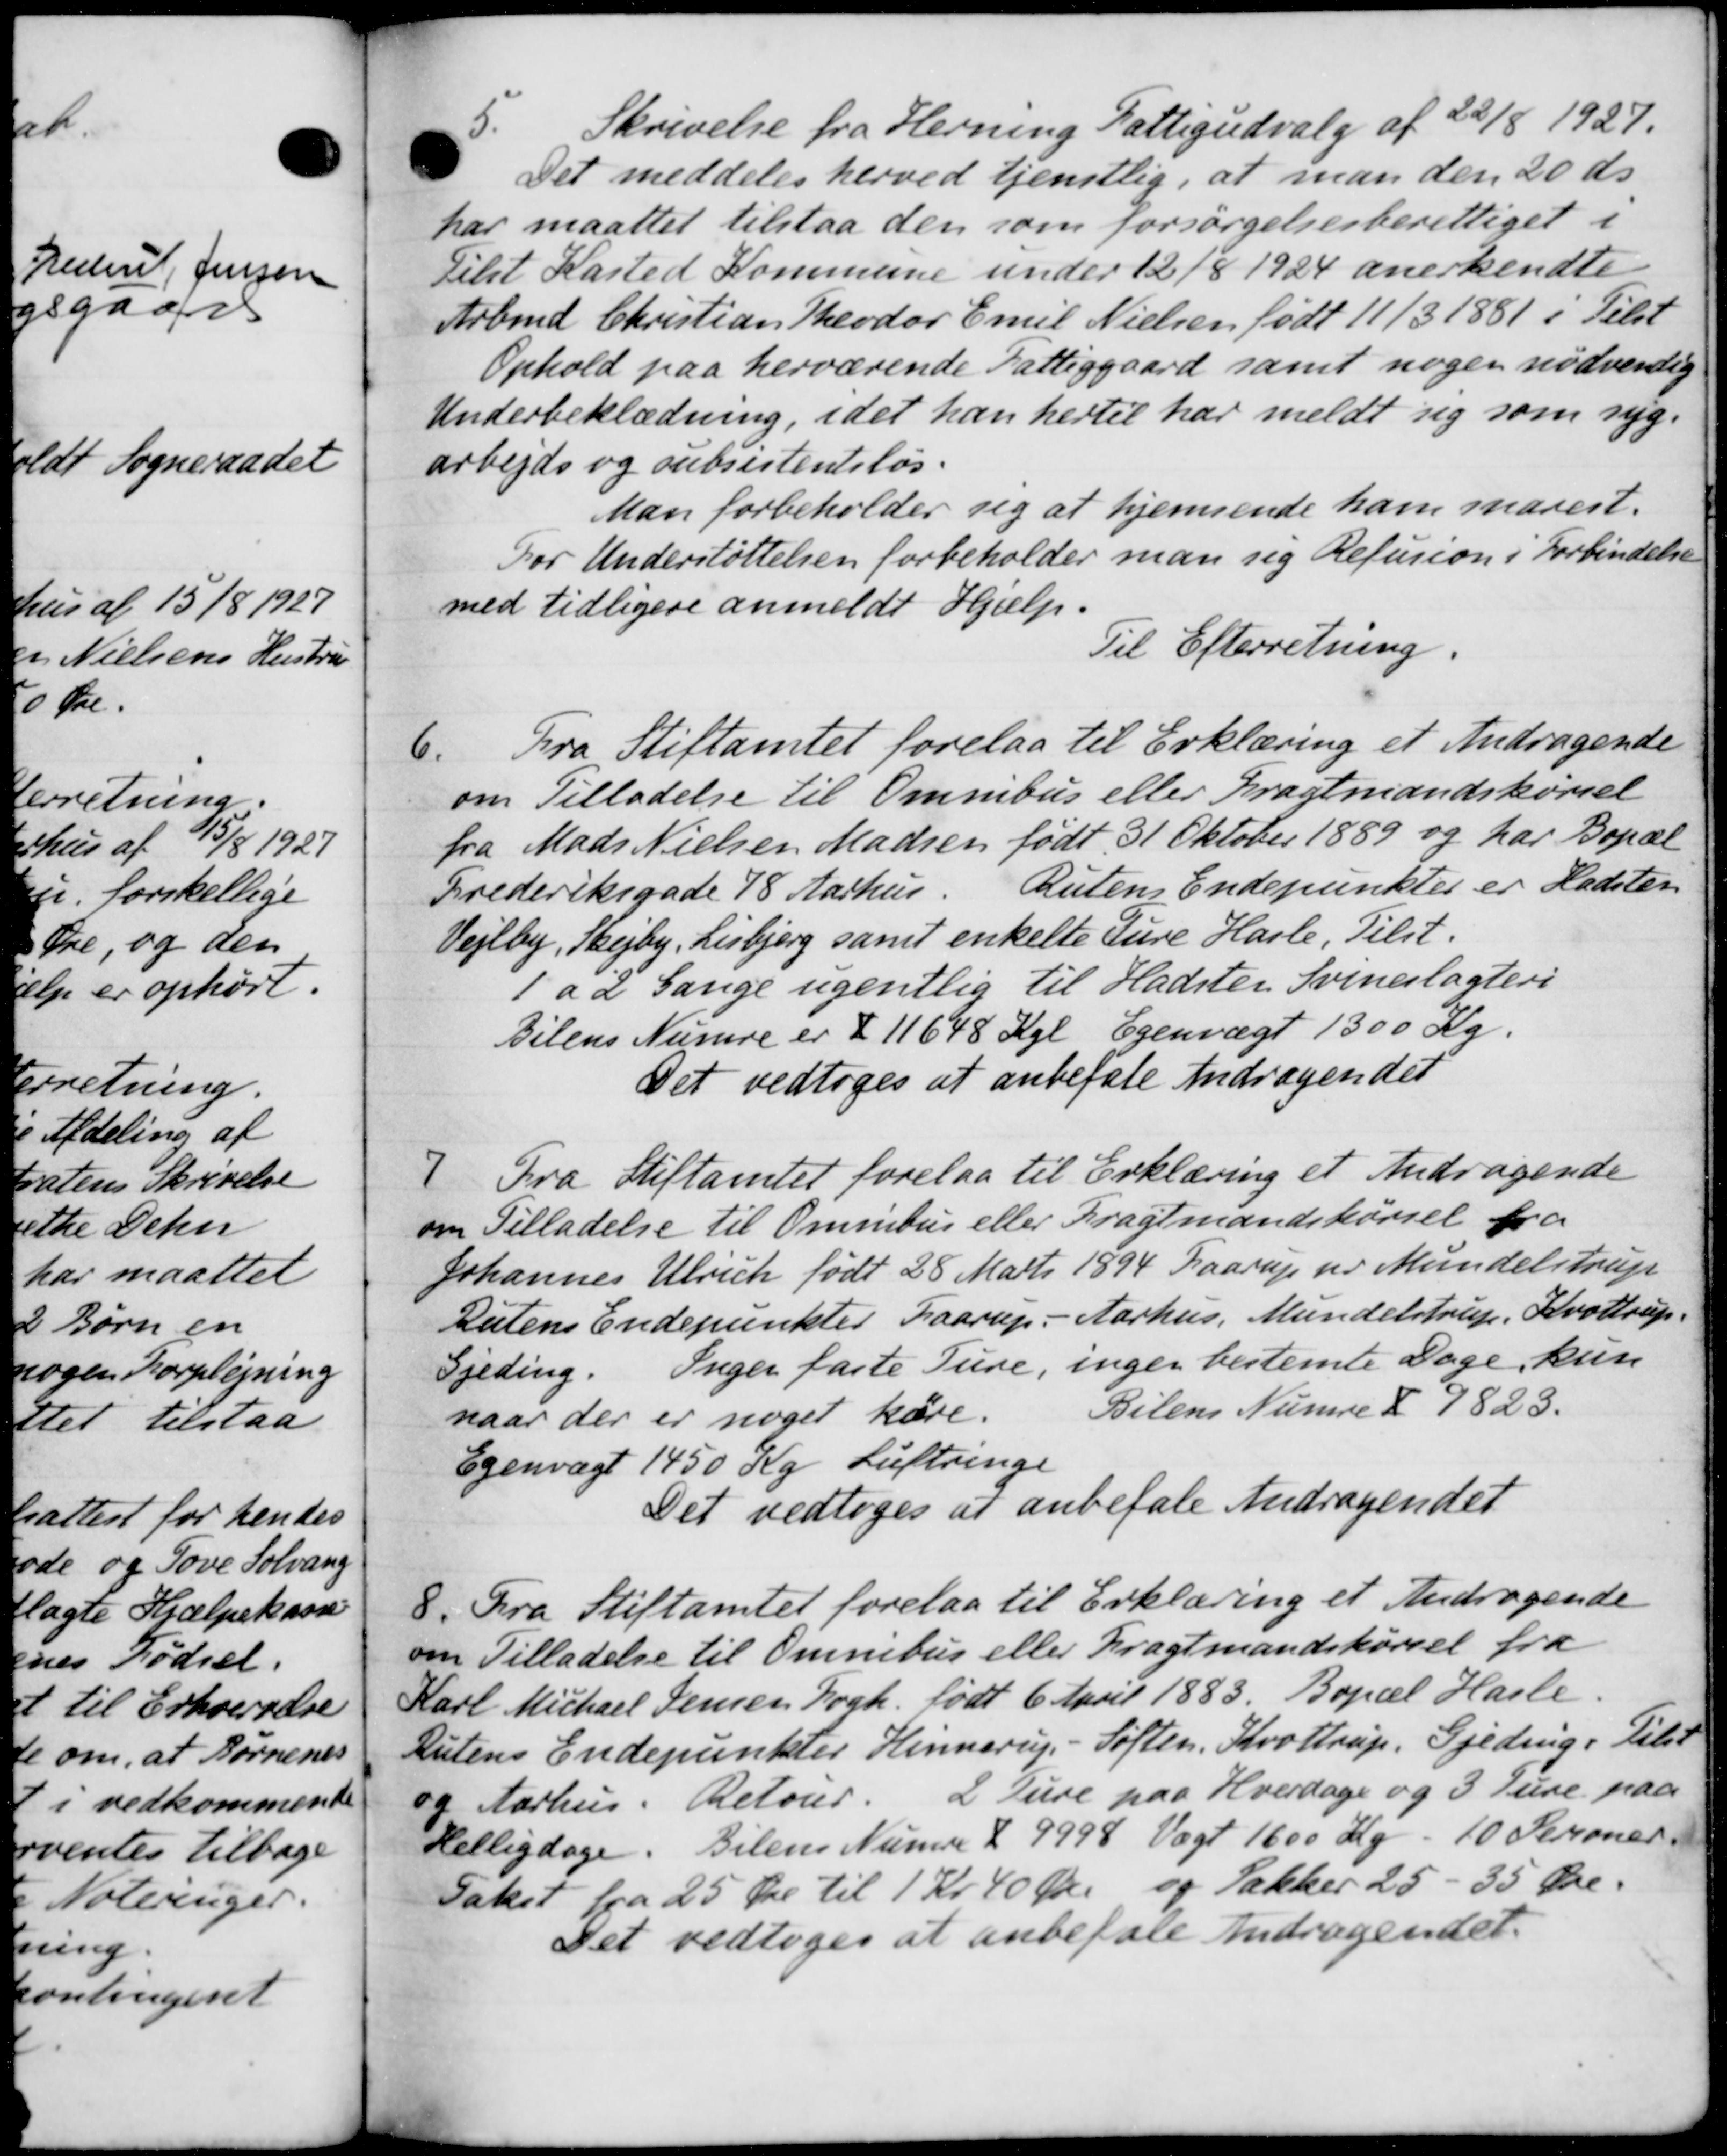
Transskription:
5.
Skrivelse fra Herning Fattigudvalg af 22/8 1927.
Det meddeles herved tjenstlig, at man den 20 ds
har maattet tilstaa den som forsørgelsesberettiget i
ilst Kasted Kommune under 12/8 1924 anerkendte
Arbmd Christian Theodor Emil Nielsen født 11/3 1881 i Tilst
Ophold paa herværende Fattiggaard samt nogen nødvendig
Underbeklædning, idet han hertil har meldt sig som syg.
arbejds og subsistentsløs.
Man forbeholder sig at hjemsende ham marest.
For Understøttelsen forbeholder man sig Refusion i Forbindelse
med tidligere anmeldt Hjælp.
Til Efterretning.
6
Fra Stiftamtet forelaa til Erklæring et Andragende
om Tilladelse til Omnibus eller Dragtmandskørsel
fra Mads Nielsen Madsen født 31 Oktober 1889 og har Bopæl
Frederiksgade 18 Aarhus. Rutens Endepunkter er Hadsten
Vejlby, Skejby, Lisbjerg samt enkelte Ture Hasle, Tilst.
1 a 2 Gange ugentlig til Hadster Svineslagteri
Bilens Numre er § 11648 Kgl. Egenvægt 1300 Kg.
Det vedtoges at anbefale Andragendet
7
Fra Stiftamtet forelaa til Erklæring et Andragende
om Tilladelse til Omnibus eller Dragtmandskørsel fra
Johannes Ulrich født 28 Marts 1894 Faarup pr Mundelstrup
Dutens Endepunkter Haarup - Aarhus, Mundelstrup, Krottrup.
Gjeding. Inger faste Ture, ingen bestemte Dage, kun
naar der er noget høre.
Bilens Numre X 1823.
Egenvægt 1450 Kr Luftringe
Det vedtoges at anbefale Andragendet
8.
Fra Stiftamtet forelaa til Erklæring et Andragende
om Tilladelse til Omnibus eller Dragtmandskørsel fra
Karl Michael Jensen Bogh. født 6 April 1883. Bopæl Hasle.
Rutens Endepunkter Hinnerup - Søften, Krottrup. Gjeding i Tilst
og Aarhus. Retoner. 2 Ture paa Hverdage og 3 Ture paa
Helligdage. Bilens Numre & 9998 Vægt 1600 Kr. 10 Personer.
Takst fra 25 Øre til 1 Kr 40 Øre og Takker 25 - 35 Øre.
Det vedtoges at anbefale Andragendet.